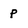
Character: p